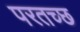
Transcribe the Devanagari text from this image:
परतच्‍छ